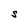
Character: S